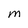
Character: M